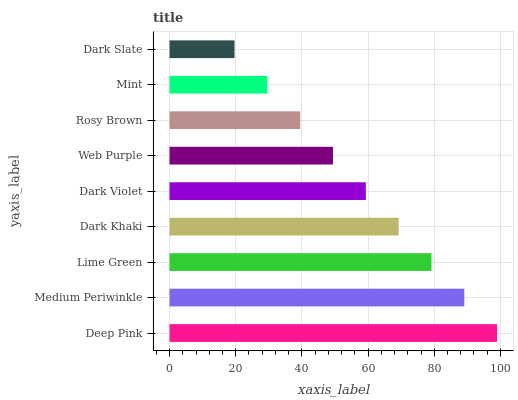
| yaxis_label | bars |
 | --- | --- |
 | Deep Pink | 99 |
 | Medium Periwinkle | 89.1 |
 | Lime Green | 79.2 |
 | Dark Khaki | 69.2 |
 | Dark Violet | 59.3 |
 | Web Purple | 49.4 |
 | Rosy Brown | 39.5 |
 | Mint | 29.6 |
 | Dark Slate | 19.6 |